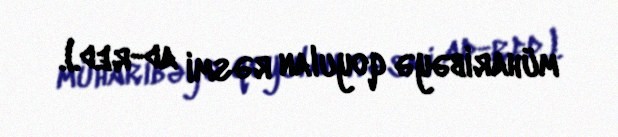
müharibəyə qoyulan rəsmi ad-red.).